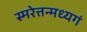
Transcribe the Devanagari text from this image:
स्मरेत्तन्मध्यगं